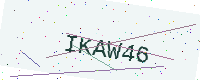
Text: IKAW46